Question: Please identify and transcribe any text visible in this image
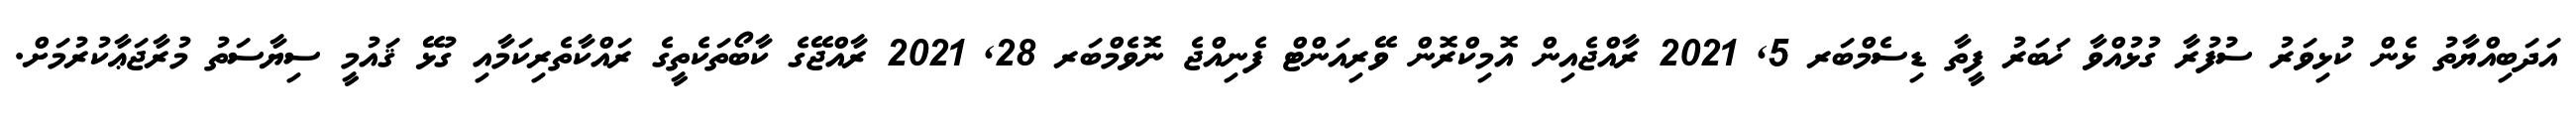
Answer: އަދަބިއްޔާތު ޅެން ކުޅިވަރު ސުފުރާ ގުޅުއްވާ ޚަބަރު ފީތާ ޑިސެމްބަރ 5, 2021 ރާއްޖެއިން އޮމިކްރޮން ވޭރިއަންޓް ފެނިއްޖެ ނޮވެމްބަރ 28, 2021 ރާއްޖޭގެ ކާބޯތަކެތީގެ ރައްކާތެރިކަމާއި ގުޅޭ ޤައުމީ ސިޔާސަތު މުރާޖަޢާކުރުމަށް.